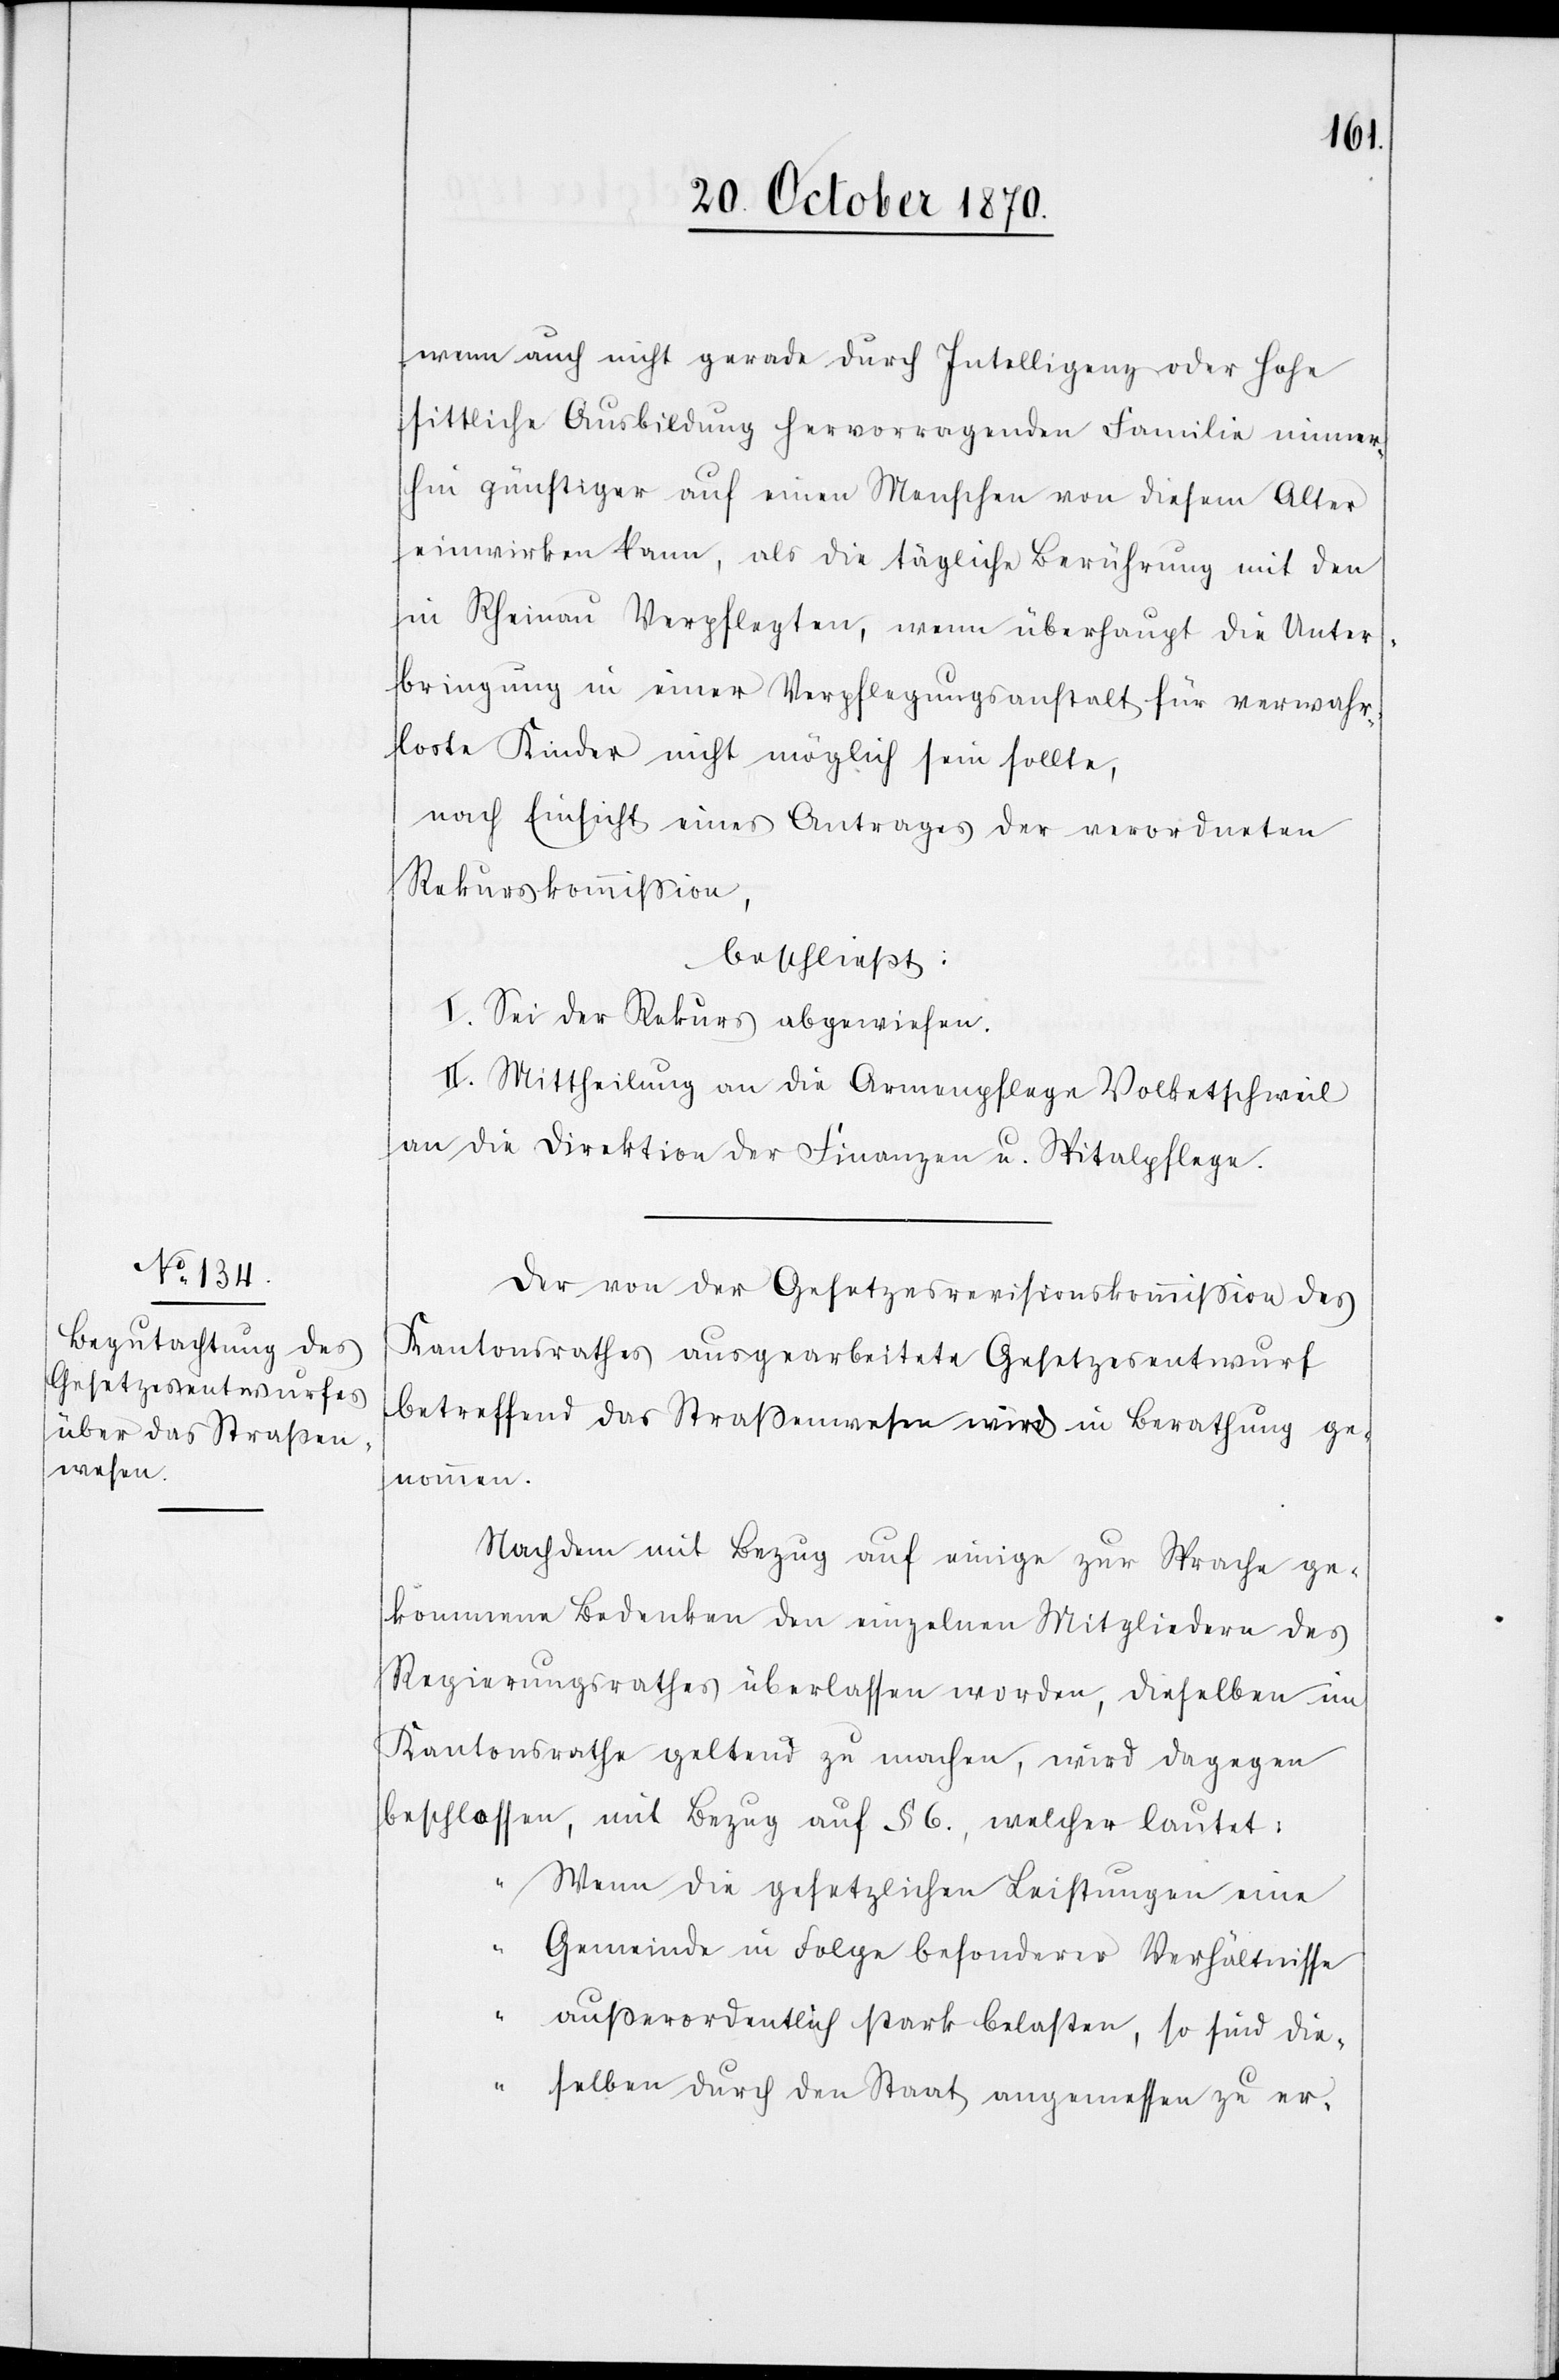
wenn auch nicht gerade durch Intelligenz oder hohe
sittliche Ausbildung hervorragenden Familie immer¬
hin günstiger auf einen Menschen von diesem Alter
einwirken kann, als die tägliche Berührung mit den
in Rheinau Verpflegten, wenn überhaupt die Unter¬
bringung in einer Verpflegungsanstalt für verwahr¬
loste Kinder nicht möglich sein sollte,
nach Einsicht eines Antrages der verordneten
Rekurskommißion,
beschließt:
I. Sei der Rekurs abgewiesen.
II. Mittheilung an die Armenpflege Volketschweil
an die Direktion der Finanzen u. Spitalpflege.
Der von der Gesetzesrevisionskommißion des
Kantonsrathes ausgearbeitete Gesetzesentwurf
betreffend das Straßenwesen wird in Berathung ge¬
nommen.
Nachdem mit Bezug auf einige zur Sprache ge¬
kommenen Bedenken den einzelnen Mitgliedern des
Regierungsrathes überlassen worden, dieselben im
Kantonsrathe geltend zu machen, wird dagegen
beschlossen, mit Bezug auf § 6, welcher lautet:
„Wenn die gesetzlichen Leistungen eine
Gemeinde in Folge besonderer Verhältnisse
außerordentlich stark belasten, so sind die¬
selben durch den Staat angemessen zu er-